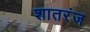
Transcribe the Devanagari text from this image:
शातरंज